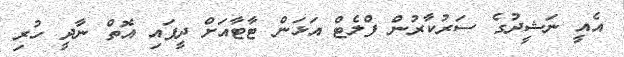
އެއީ ނަޝީދުގެ ސަރުކާރުން ފްލެޓް އަޅަން ޓާޓާއަށް ދީފައި އޮތް ނާދީ ހުރި